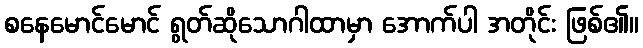
စနေမောင်မောင် ရွတ်ဆိုသောဂါထာမှာ အောက်ပါ အတိုင်း ဖြစ်၏။